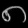
Digit: ၈